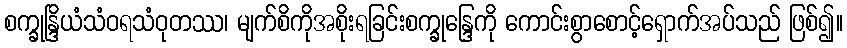
စက္ခုန္ဒြိယံသံဝရသံဝုတဿ၊ မျက်စိကိုအစိုးရခြင်းစက္ခုန္ဒြေကို ကောင်းစွာစောင့်ရှောက်အပ်သည် ဖြစ်၍။